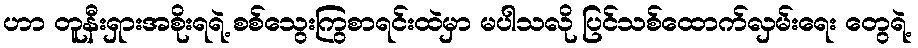
ဟာ တူနီးရှားအစိုးရရဲ့ စစ်သွေးကြွစာရင်းထဲမှာ မပါသလို ပြင်သစ်ထောက်လှမ်းရေး တွေရဲ့